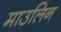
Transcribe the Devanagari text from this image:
माउलिन